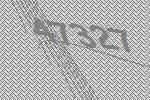
47327